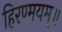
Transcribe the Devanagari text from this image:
हिरण्मयम्॥